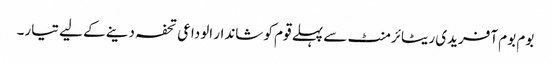
بوم بوم آفریدی ریٹائرمنٹ سے پہلے قوم کو شاندار الوداعی تحفہ دینے کے لیے تیار۔